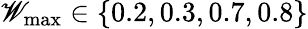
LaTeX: \mathscr{W}_{\mathrm{{max}}}\in\{ 0.2,0.3,0.7,0.8\}